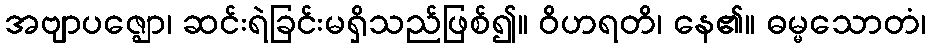
အဗျာပဇ္ဈော၊ ဆင်းရဲခြင်းမရှိသည်ဖြစ်၍။ ဝိဟရတိ၊ နေ၏။ ဓမ္မသောတံ၊